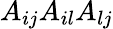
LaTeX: A_{ij}A_{il}A_{lj}